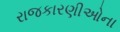
રાજકારણીઓના